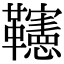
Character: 𩍹